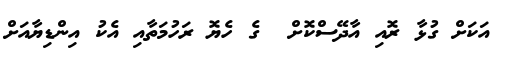
އަކަށް ގުޅާ ރޮއި އާދޭސްކޮށް  ގެ ހެޔޮ ރަހުމަތާއި އެކު އިންޑިޔާއަށް